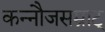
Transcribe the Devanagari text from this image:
कन्नौजसम्राट्